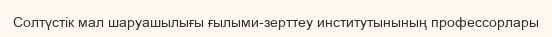
Солтүстік мал шаруашылығы ғылыми-зерттеу институтынының профессорлары